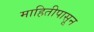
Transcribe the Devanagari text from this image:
माहितीपासून